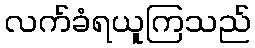
လက်ခံရယူကြသည်